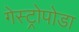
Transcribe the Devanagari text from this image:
गेस्ट्रोपोडा